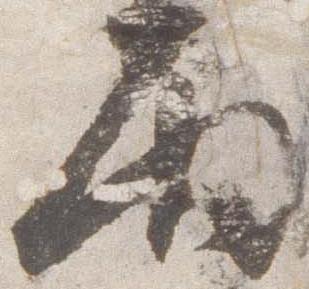
雨